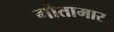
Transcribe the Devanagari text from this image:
गोतामार